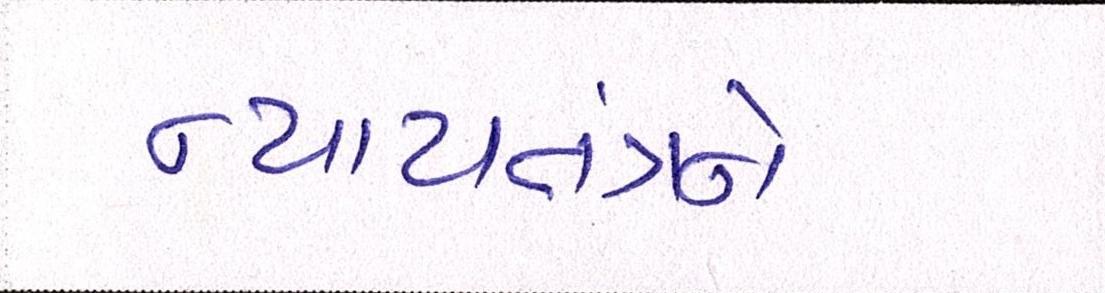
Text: ન્યાયતંત્રને